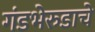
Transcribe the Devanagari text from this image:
गंडभेरुडाचे